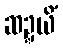
ဆဍ္ဍယိံ